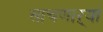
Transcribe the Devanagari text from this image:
साचणाऱ्या